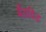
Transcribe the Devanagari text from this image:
बैंडविड